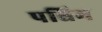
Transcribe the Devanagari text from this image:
पश्चिम